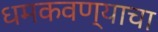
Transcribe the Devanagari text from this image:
धमकवण्याचा